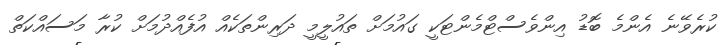
ކުރެވޭނެ އެންމެ ބޮޑު އިންވެސްޓްމެންޓަކީ ގައުމަށް ތައުލީމީ ދަރިންތަކެއް އުފެއްދުމަށް ކުރާ މަސައްކަތް